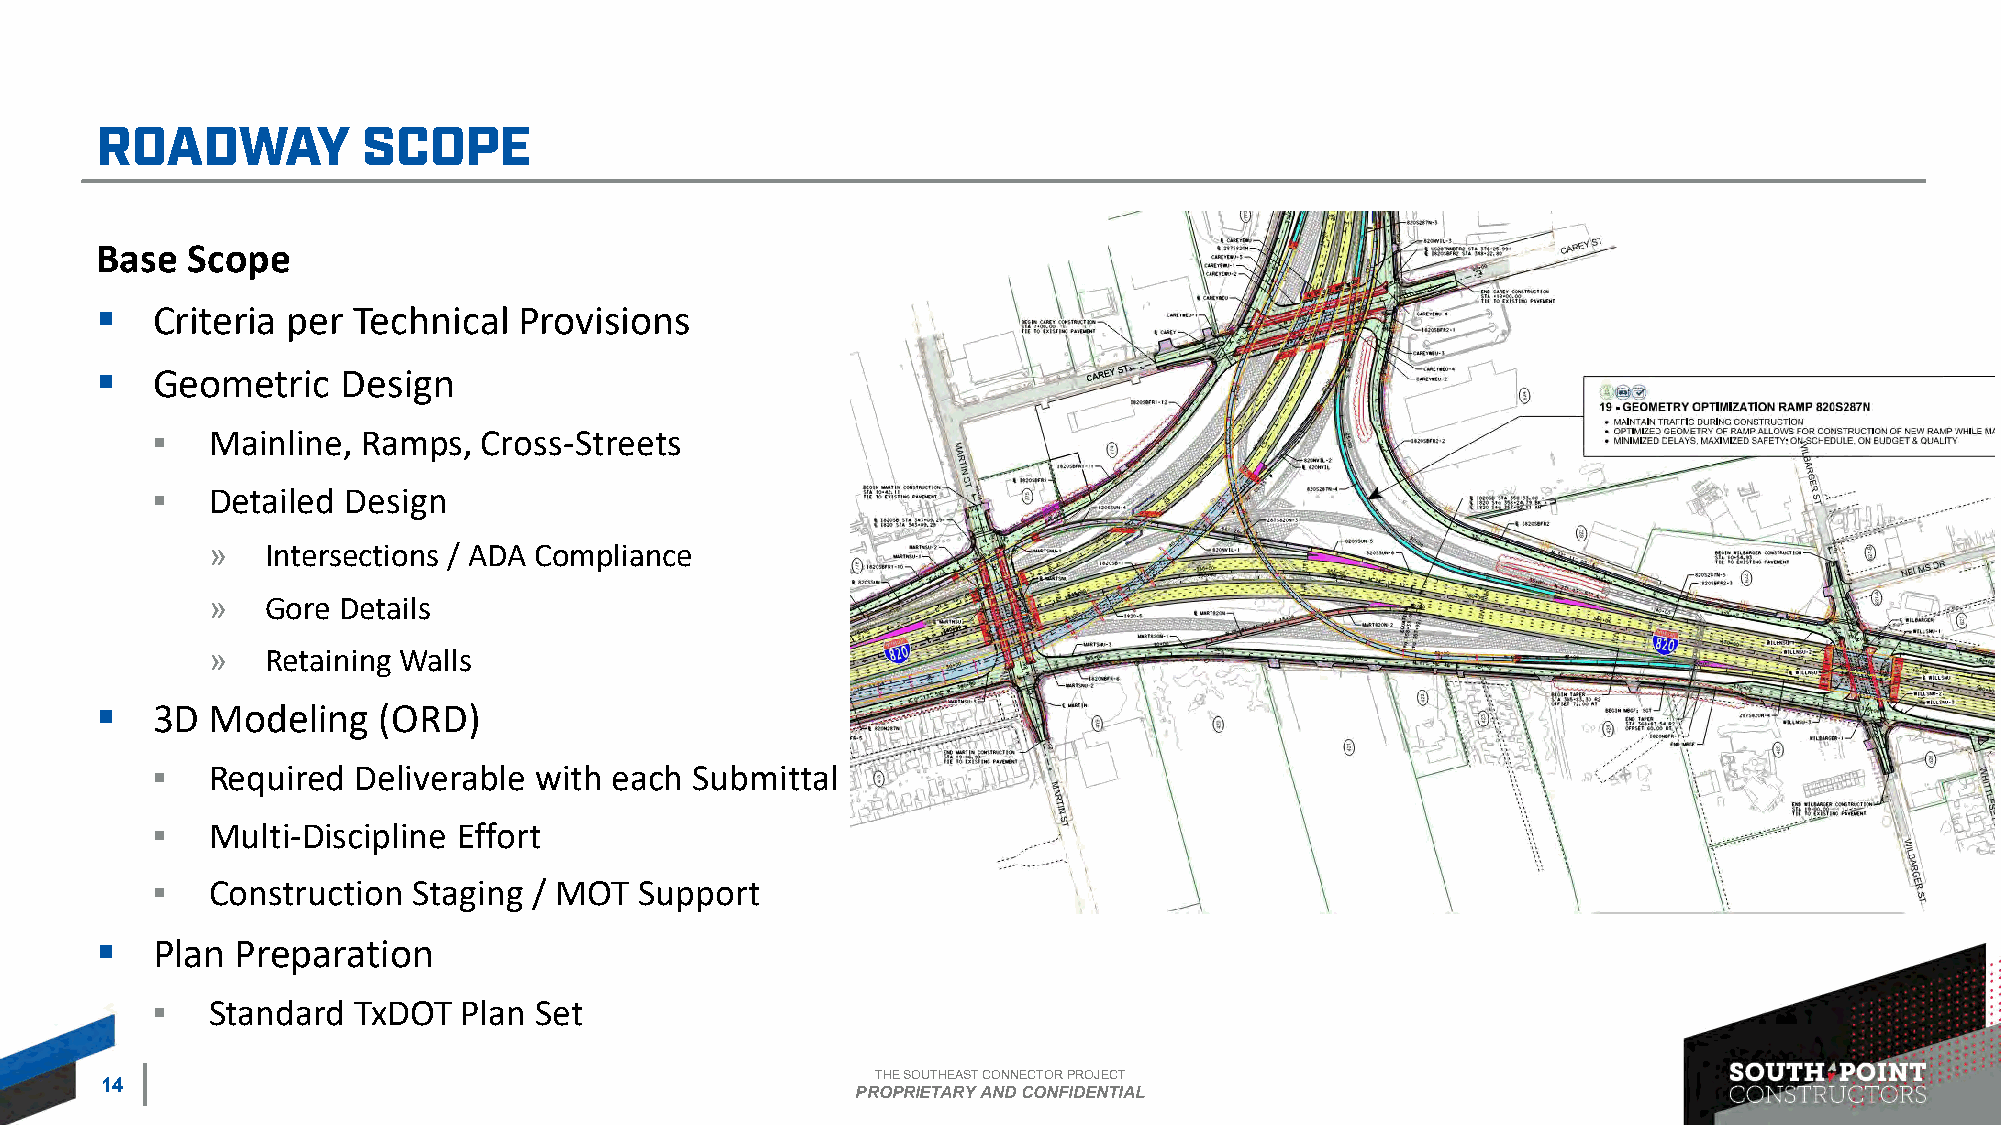
Base  Scope
 ▪   Criteria per Technical  Provisions
 ▪   Geometric    Design
 ▪   Mainline, Ramps,  Cross-Streets
 ▪   Detailed Design
 »   Intersections / ADA Compliance
 »   Gore Details
 »   Retaining Walls
 ▪   3D  Modeling   (ORD)
 ▪   Required  Deliverable with each Submittal
 ▪   Multi-Discipline Effort
 ▪   Construction Staging / MOT  Support
 ▪   Plan  Preparation
 ▪   Standard TxDOT   Plan Set
 THE SOUTHEAST CONNECTOR PROJECT
 14
 PROPRIETARY AND CONFIDENTIAL